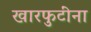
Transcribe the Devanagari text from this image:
खारफुटींना